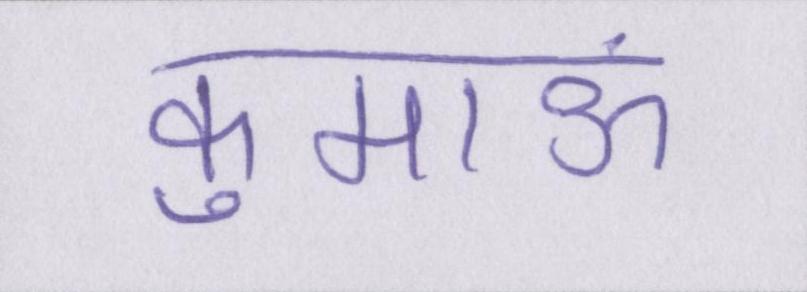
कुमाऊं